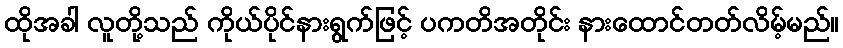
ထိုအခါ လူတို့သည် ကိုယ်ပိုင်နားရွက်ဖြင့် ပကတိအတိုင်း နားထောင်တတ်လိမ့်မည်။